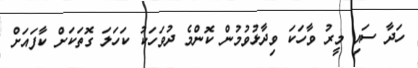
ހަދާ ސައި މީރު ވާހަކަ ވިދާޅުވުމުން ކޮންމެ ދުވަހަކު ކަހަލަ ގޮތަކަށް ކާފައަށް